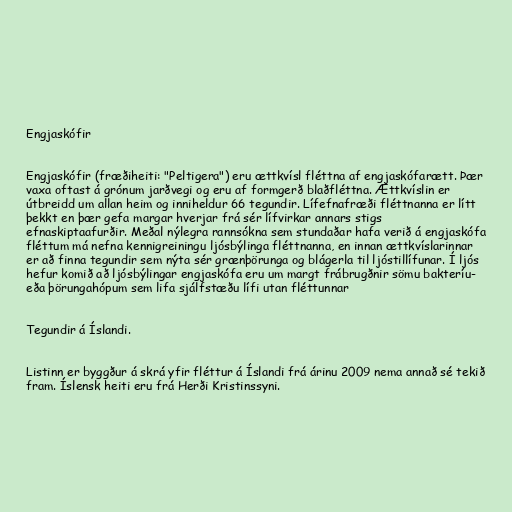
Engjaskófir

Engjaskófir (fræðiheiti: "Peltigera") eru ættkvísl fléttna af engjaskófarætt. Þær
vaxa oftast á grónum jarðvegi og eru af formgerð blaðfléttna. Ættkvíslin er
útbreidd um allan heim og inniheldur 66 tegundir. Lífefnafræði fléttnanna er lítt
þekkt en þær gefa margar hverjar frá sér lífvirkar annars stigs
efnaskiptaafurðir. Meðal nýlegra rannsókna sem stundaðar hafa verið á engjaskófa
fléttum má nefna kennigreiningu ljósbýlinga fléttnanna, en innan ættkvíslarinnar
er að finna tegundir sem nýta sér grænþörunga og blágerla til ljóstillífunar. Í ljós
hefur komið að ljósbýlingar engjaskófa eru um margt frábrugðnir sömu bakteríu-
eða þörungahópum sem lifa sjálfstæðu lífi utan fléttunnar

Tegundir á Íslandi.

Listinn er byggður á skrá yfir fléttur á Íslandi frá árinu 2009 nema annað sé tekið
fram. Íslensk heiti eru frá Herði Kristinssyni.